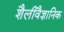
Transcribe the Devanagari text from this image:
शैलीवैज्ञानिक